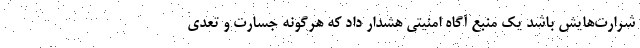
شرارت‌هایش باشد یک منبع آگاه امنیتی هشدار داد که هرگونه جسارت و تعدی